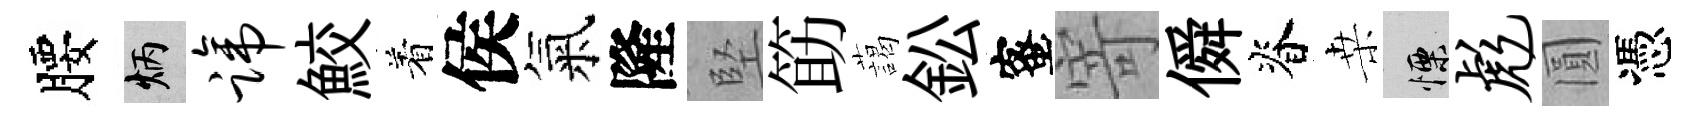
腰炳蹄鮫着侯氣隆堅筯藹鈆蜜寄僢脊桒慄彪圓憑